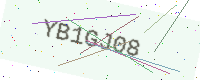
Text: YB1GJ08